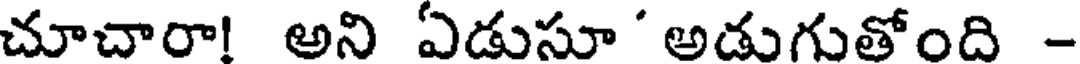
చూచారా! అని ఏడుసూ ' అడుగుతోంది -